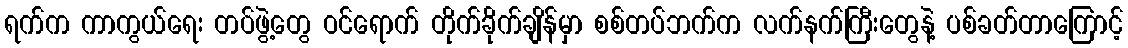
ရက်က ကာကွယ်ရေး တပ်ဖွဲ့တွေ ဝင်ရောက် တိုက်ခိုက်ချိန်မှာ စစ်တပ်ဘက်က လက်နက်ကြီးတွေနဲ့ ပစ်ခတ်တာကြောင့်